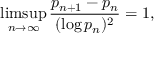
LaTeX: \operatorname* { l i m s u p } _ { n \rightarrow \infty } { \frac { p _ { n + 1 } - p _ { n } } { ( \log p _ { n } ) ^ { 2 } } } = 1 ,